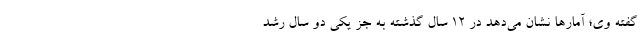
گفته وی؛ آمارها نشان می‌دهد در 12 سال گذشته به جز یکی دو سال رشد